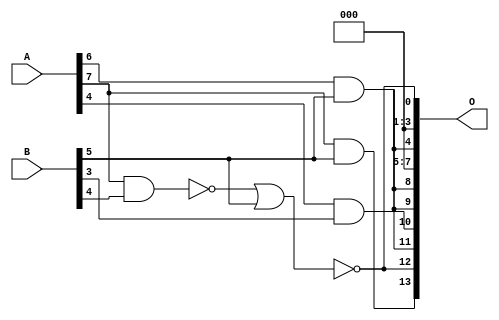
// This program was cloned from: https://github.com/ehw-fit/evoapproxlib
// License: MIT License

/***
* This code is a part of EvoApproxLib library (ehw.fit.vutbr.cz/approxlib) distributed under The MIT License.
* When used, please cite the following article(s): V. Mrazek, L. Sekanina, Z. Vasicek "Libraries of Approximate Circuits: Automated Design and Application in CNN Accelerators" IEEE Journal on Emerging and Selected Topics in Circuits and Systems, Vol 10, No 4, 2020 
* This file contains a circuit from a sub-set of pareto optimal circuits with respect to the pwr and mae parameters
***/
// MAE% = 7.61 %
// MAE = 1248 
// WCE% = 29.79 %
// WCE = 4880 
// WCRE% = 700.00 %
// EP% = 98.03 %
// MRE% = 56.56 %
// MSE = 25176.553e2 
// PDK45_PWR = 0.0017 mW
// PDK45_AREA = 13.1 um2
// PDK45_DELAY = 0.09 ns

module mul8x6u_2B3 (
    A,
    B,
    O
);

input [7:0] A;
input [5:0] B;
output [13:0] O;

wire sig_59,sig_61,sig_203,sig_207,sig_256,sig_270;

assign sig_59 = A[6] & B[5];
assign sig_61 = A[7] & B[5];
assign sig_203 = A[4] & B[3];
assign sig_207 = A[7] & B[4];
assign sig_256 = ~sig_207;
assign sig_270 = ~(sig_256 | B[5]);

assign O[13] = sig_61;
assign O[12] = sig_270;
assign O[11] = sig_59;
assign O[10] = sig_203;
assign O[9] = sig_59;
assign O[8] = sig_59;
assign O[7] = 1'b0;
assign O[6] = 1'b0;
assign O[5] = 1'b0;
assign O[4] = sig_59;
assign O[3] = 1'b0;
assign O[2] = 1'b0;
assign O[1] = 1'b0;
assign O[0] = sig_270;

endmodule